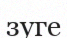
зуге